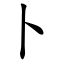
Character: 卜